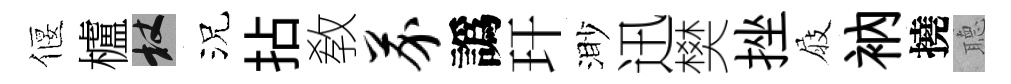
偃櫨杖況拈敎芥譌玕渺迅樊挫屐衲撓𦗟